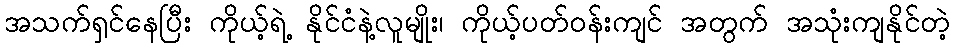
အသက်ရှင်နေပြီး ကိုယ့်ရဲ့ နိုင်ငံနဲ့လူမျိုး၊ ကိုယ့်ပတ်ဝန်းကျင် အတွက် အသုံးကျနိုင်တဲ့